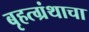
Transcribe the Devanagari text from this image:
बृहत्ग्रंथाचा